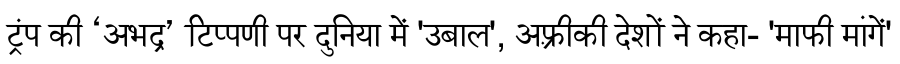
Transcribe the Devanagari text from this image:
ट्रंप की ‘अभद्र’ टिप्पणी पर दुनिया में 'उबाल', अफ़्रीकी देशों ने कहा- 'माफी मांगें'